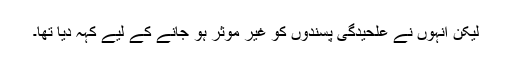
لیکن انہوں نے علحیدگی پسندوں کو غیر موثر ہو جانے کے لیے کہہ دیا تھا۔